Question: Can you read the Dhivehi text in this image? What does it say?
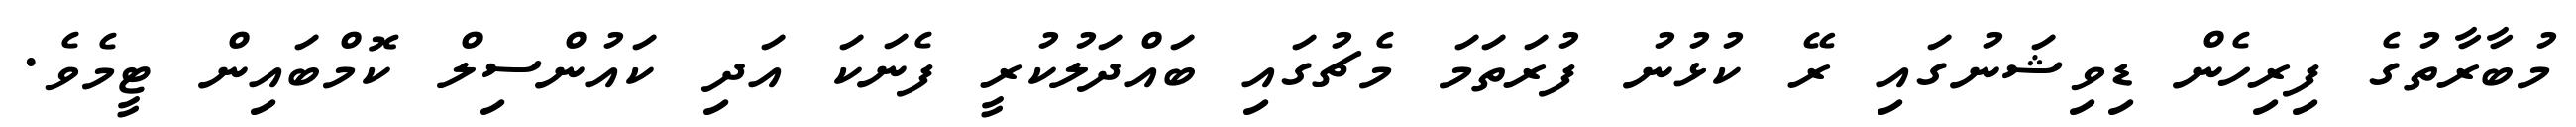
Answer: މުބާރާތުގެ ފިރިހެން ޑިވިޝަނުގައި ރޭ ކުޅުނު ފުރަތަމަ މެޗުގައި ބައްދަލުކުރީ ފެނަކަ އަދި ކައުންސިލް ކޮމްބައިން ޓީމެވެ.